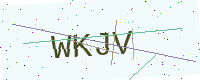
Text: WKJV